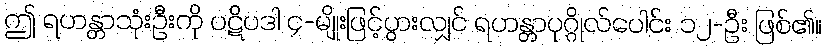
ဤ ရဟန္တာသုံးဦးကို ပဋိပဒါ ၄-မျိုးဖြင့်ပွားလျှင် ရဟန္တာပုဂ္ဂိုလ်ပေါင်း ၁၂-ဦး ဖြစ်၏။